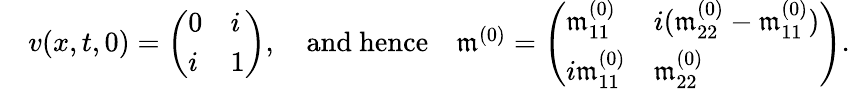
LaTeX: \begin{array}{rl}&{v(x,t,0)=\left(\begin{array}{ll}{0}&{i}\\ {i}&{1}\end{array}\right),\quad\mathrm{and~hence}\quad\mathfrak{m}^{(0)}=\left(\begin{array}{ll}{\mathfrak{m}_{11}^{(0)}}&{i(\mathfrak{m}_{22}^{(0)}-\mathfrak{m}_{11}^{(0)})}\\ {i\mathfrak{m}_{11}^{(0)}}&{\mathfrak{m}_{22}^{(0)}}\end{array}\right).}\end{array}